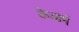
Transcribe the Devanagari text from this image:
केआर्म